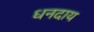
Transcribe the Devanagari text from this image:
धनदाय